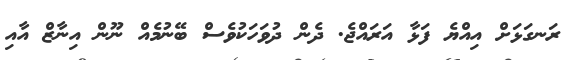
ރަނގަޅަށް އިއްޔެ ފަޅާ އަރައްޖެ. ދެން ދުވަހަކުވެސް ބޭނުމެއް ނޫން އިނާޒް އާއި